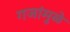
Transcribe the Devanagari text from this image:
गजांमुळे